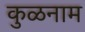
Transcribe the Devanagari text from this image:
कुळनाम